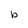
Character: b